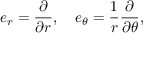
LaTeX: e _ { r } = { \frac { \partial } { \partial r } } , \quad e _ { \theta } = { \frac { 1 } { r } } { \frac { \partial } { \partial \theta } } ,